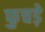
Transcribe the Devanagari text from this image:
फुचड़े